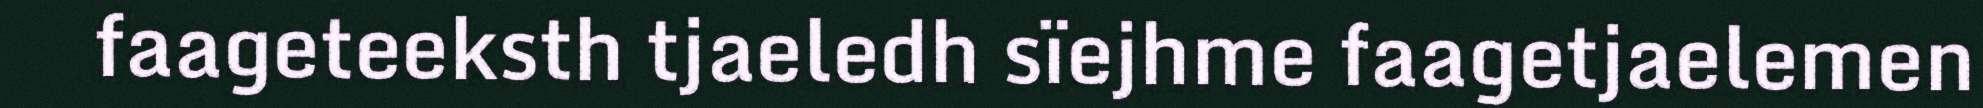
faageteeksth tjaeledh sïejhme faagetjaelemen